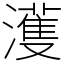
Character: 濩